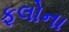
ફલોના